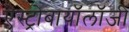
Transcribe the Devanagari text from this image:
ऐस्ट्रोबायॉलॉजी